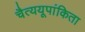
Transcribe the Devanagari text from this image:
चैत्ययूपांकिता